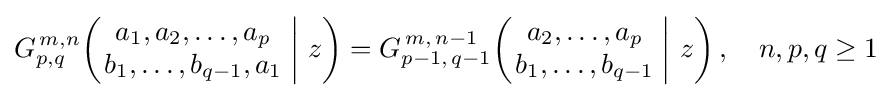
G_{p,q}^{\,m,n}\!\left(\left.{\begin{matrix}a_{1},a_{2},\dots ,a_{p}\\b_{1},\dots ,b_{q-1},a_{1}\end{matrix}}\;\right|\,z\right)=G_{p-1,\,q-1}^{\,m,\,n-1}\!\left(\left.{\begin{matrix}a_{2},\dots ,a_{p}\\b_{1},\dots ,b_{q-1}\end{matrix}}\;\right|\,z\right),\quad n,p,q\geq 1